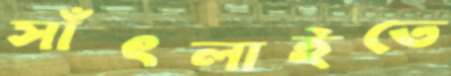
সাঁৎলাইতে